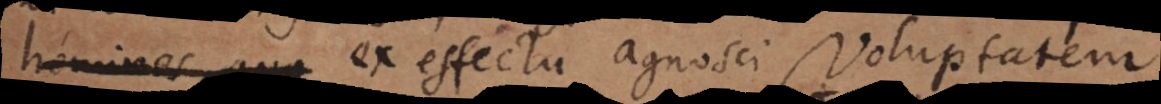
homines qua ex effectu agnosci Voluptatem